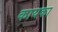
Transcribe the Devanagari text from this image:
कायका